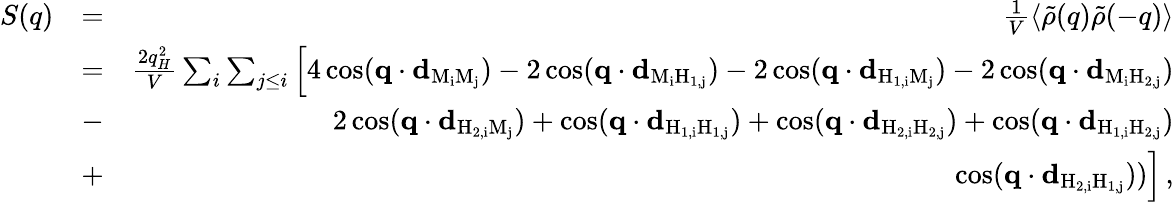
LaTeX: \begin{array}{rlr}{S(q)}&{=}&{\frac{1}{V}\left\langle\tilde{\rho}(q)\tilde{\rho}(-q)\right\rangle}\\ &{=}&{\frac{2q_{H}^{2}}{V}\sum_{i}\sum_{j\leq i}\Big[4\cos(\mathbf{q}\cdot\mathbf{d}_{\mathrm{M_{i}M_{j}}})-2\cos(\mathbf{q}\cdot\mathbf{d}_{\mathrm{M_{i}H_{1,j}}})-2\cos(\mathbf{q}\cdot\mathbf{d}_{\mathrm{H_{1,i}M_{j}}})-2\cos(\mathbf{q}\cdot\mathbf{d}_{\mathrm{M_{i}H_{2,j}}})}\\ &{-}&{2\cos(\mathbf{q}\cdot\mathbf{d}_{\mathrm{H_{2,i}M_{j}}})+\cos(\mathbf{q}\cdot\mathbf{d}_{\mathrm{H_{1,i}H_{1,j}}})+\cos(\mathbf{q}\cdot\mathbf{d}_{\mathrm{H_{2,i}H_{2,j}}})+\cos(\mathbf{q}\cdot\mathbf{d}_{\mathrm{H_{1,i}H_{2,j}}})}\\ &{+}&{\cos(\mathbf{q}\cdot\mathbf{d}_{\mathrm{H_{2,i}H_{1,j}}}))\Big]\, ,}\end{array}